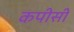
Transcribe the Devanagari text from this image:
कपीसी